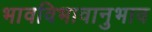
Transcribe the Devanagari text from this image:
भावविभावानुभाव